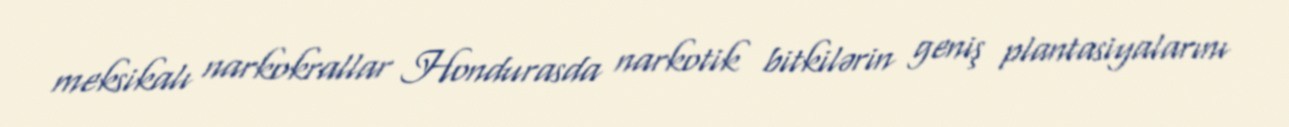
meksikalı narkokrallar Hondurasda narkotik bitkilərin geniş plantasiyalarını